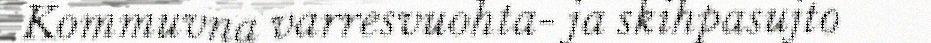
Kommuvna varresvuohta- ja skihpasujto